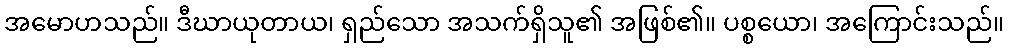
အမောဟသည်။ ဒီဃာယုတာယ၊ ရှည်သော အသက်ရှိသူ၏ အဖြစ်၏။ ပစ္စယော၊ အကြောင်းသည်။